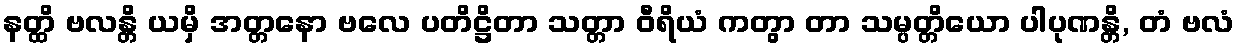
နတ္ထိ ဗလန္တိ ယမှိ အတ္တနော ဗလေ ပတိဋ္ဌိတာ သတ္တာ ဝီရိယံ ကတွာ တာ သမ္ပတ္တိယော ပါပုဏန္တိ, တံ ဗလံ